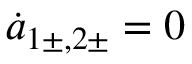
\dot { a } _ { 1 \pm , 2 \pm } = 0